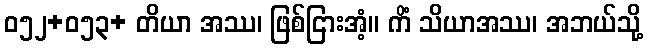
ဝ၅၂+၀၅၃+ တိယာ အဿ၊ ဖြစ်ငြားအံ့။ ကိံ သိယာအဿ၊ အဘယ်သို့